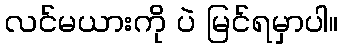
လင်မယားကို ပဲ မြင်ရမှာပါ။